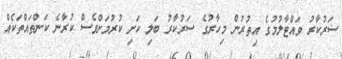
ސަރުކާރު ވައްޓާލުމުގެ އިތުރުން މިހާރުގެ ސަރުކާރު ބަލި ކަށި ކުރުމަށްވެސް ކުރާނެ ކަންތައްތަކެއް